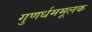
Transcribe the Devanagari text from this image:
गुणर्धममूलक